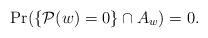
LaTeX: \begin{align*}\Pr(\{{\cal P}(w)=0\} \cap A_w)=0.\end{align*}